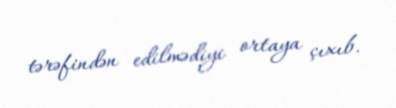
tərəfindən edilmədiyi ortaya çıxıb.